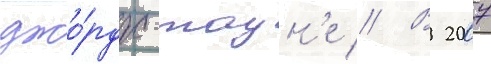
джо́рдж-таун'е // В 2007